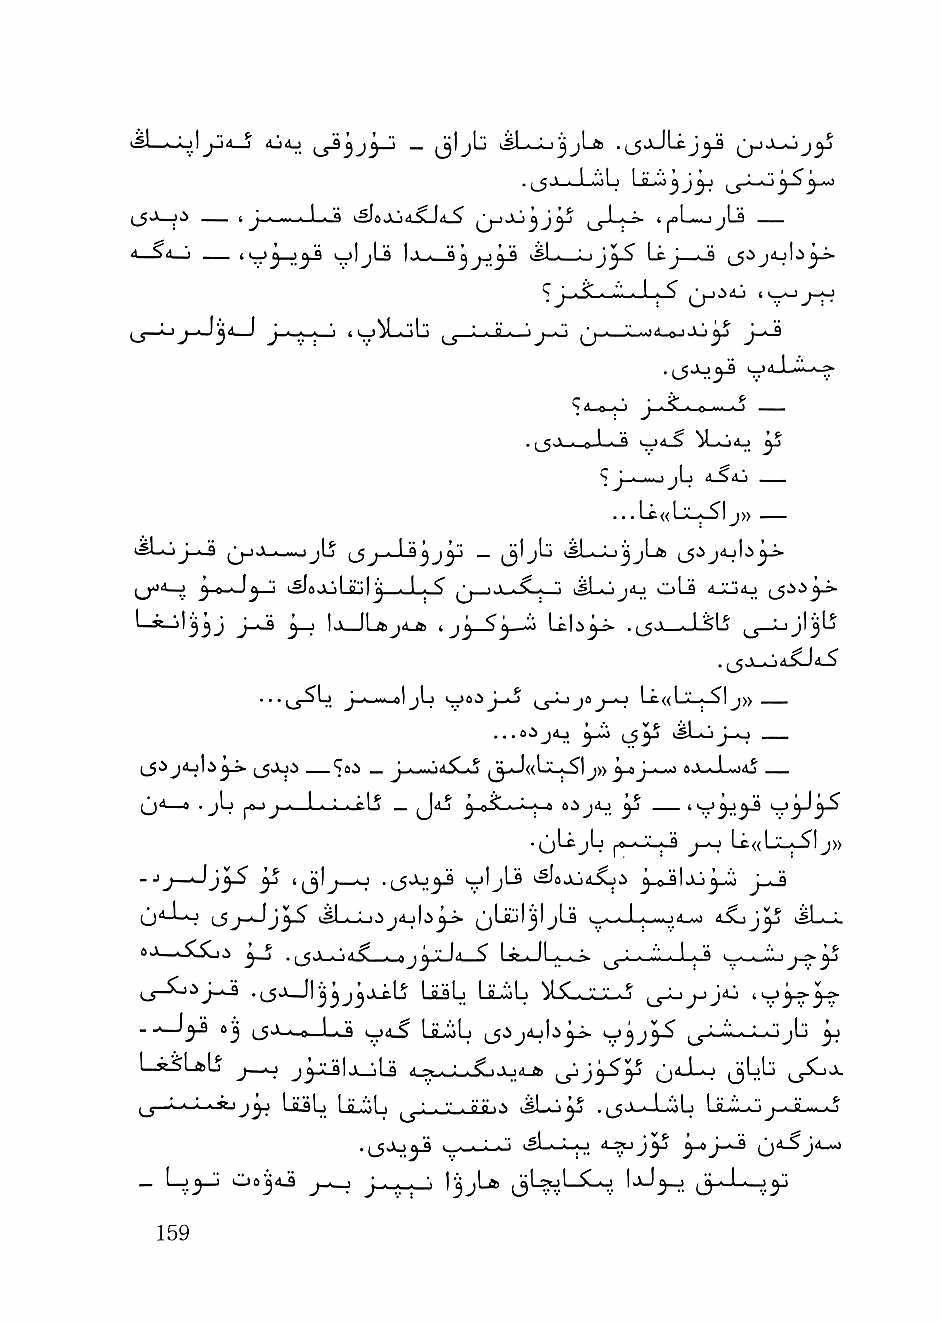
4j4j     _ jjljb       .(_5jJLfcj^
 •J>^ —^  J—^.^ kSlsJ»jd.5Lj<tJ^ tj»L*kUjli^ ——
 lj         kjljLs 1-^ n "jj,:3* i#l-—oj LcJ—--9 i_5'^
 —^ lj-ji4j I i_o
 J4_«J Ju^ J~^
 '  0 1 n °    3^
 ^ J n n -jl n a_S4j
 ...Lc«L.^-S'l j» —
 ^j-i.> n ,-jjIj (_5   i^L-LijjLft
 J ^ a.J j_!j lS|<.i •.! g'"|j . i . ^ ^ 11 ^ I ^ n "r iSLojit-) oLa 4J>Lj4_)
 ^     j   3"^ |ji—        ■•*    ^' . I <1 ^ ■ 1 jl^Lj
 .(J.V-oaXJ4-$
 ...jj5Lj ^^..-<1 jLi i_jJoj«j-o Lc«LX-j_Slj»
 ..,s^j4^ u53^ l£1_iJiJ_o
 A^] Jiy 6j—Jli»j4j
 8 . jLj ^- ■ j ■ I - : - fl ^ _ JaJ 3 0^ ' : 1 ^ I 1_)
 •ij'-'j'-^   Lc«L:_j_^Ij>>
 - J j -^jyS ^   .(_5Jj^j kjljLs i-SleJUJ-Soi ^-0-91 Jl!) J ■ a
 j4-l 1^^^ ^Liijl^ljLs J dSi^J^
 #0—iXSli^ 3-J .[_5a-oA^_^j^"!-*            j-»3^
 -(JJ—      LiiiLj LiLCoL ^l^..ji"_'.'.• ^ j_y-Lj
 ■     8^ (_5J . a L.^ V*-^ LsLoLi (_5ij4_ili^J»- ^^-i'lL'-I-iJjLi ^
 l—R^LftL j—^ J I jl-!iLs ■'-'^ii-..L-^-' '"' *■ Qii-li »I (_jL>l-j
 i_i -*.* * '^-'33^ LjLwLi ^ 1 . ■ iio'l.s iSLo^ .(_5.^. ,L.".jL La^-i^j-uLm^o
 i^-_L-o    8-^ j3^ 3"*3"*^ ^j8-SJ4_-o
 — ^3"^ 0»j4j J ■ I J ■ ^ . '. l^jL® ^ •,', ijj' I •^.^